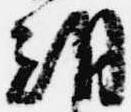
朝